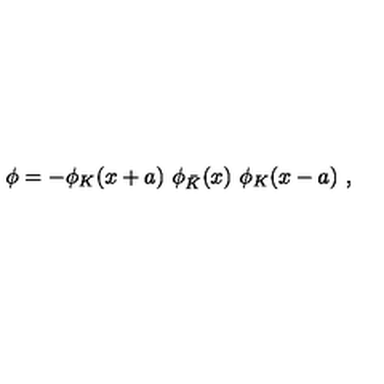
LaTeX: \phi = - \phi _ { K } ( x + a ) \ \phi _ { \bar { K } } ( x ) \ \phi _ { K } ( x - a ) \ ,